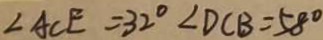
\angle A C E = 3 2 ^ { \circ } \angle D C B = 5 8 ^ { \circ }